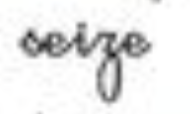
seize